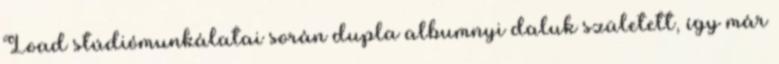
Load stúdiómunkálatai során dupla albumnyi daluk született, így már